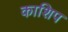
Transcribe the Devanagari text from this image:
काशिप